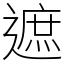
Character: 遮